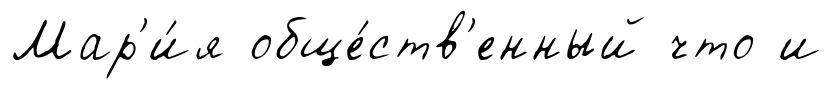
Мар'и́я обще́ств'енный что и